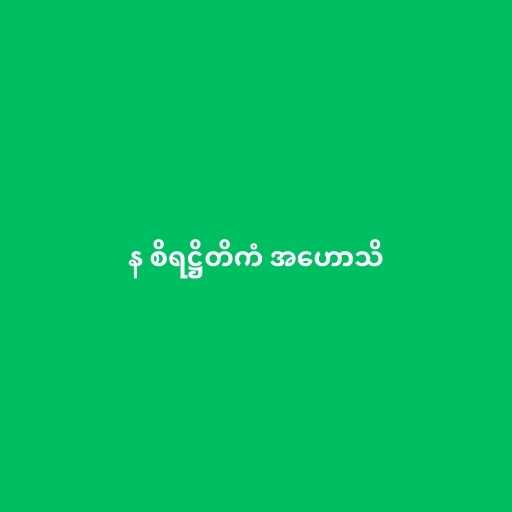
န စိရဋ္ဌိတိကံ အဟောသိ